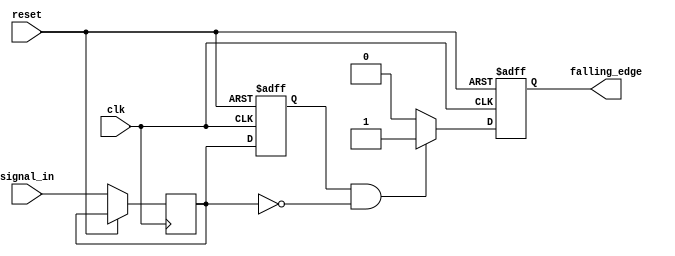
module FallingEdgeDetector (
    input wire clk,                // Clock input
    input wire reset,              // Asynchronous reset
    input wire signal_in,          // Input signal to detect falling edge
    output reg falling_edge        // Output signal that indicates falling edge detection
);

    // Internal registers to hold the previous and current state of the input signal
    reg prev_state;
    reg curr_state;

    // Always block to sample the input signal on the rising edge of the clock
    always @(posedge clk or posedge reset) begin
        if (reset) begin
            // Initialize states on reset
            prev_state <= 1'b0;
            falling_edge <= 1'b0;
        end else begin
            // Sample the input signal
            curr_state <= signal_in;

            // Falling edge detection logic
            if (prev_state == 1'b1 && curr_state == 1'b0) begin
                falling_edge <= 1'b1; // Falling edge detected
            end else begin
                falling_edge <= 1'b0; // No falling edge
            end

            // Update previous state for the next clock cycle
            prev_state <= curr_state;
        end
    end

endmodule